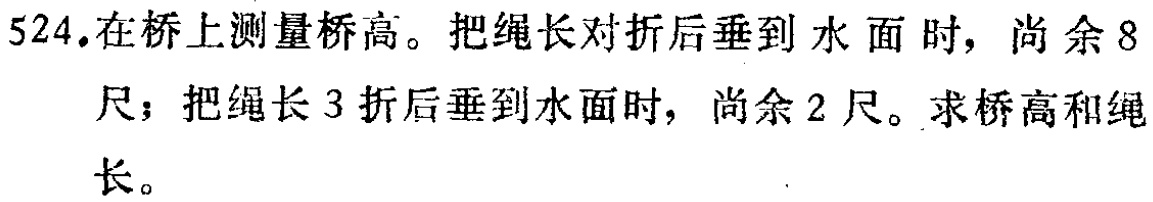
524.在桥上测量桥高。把绳长对折后垂到水面时，尚余8尺；把绳长3折后垂到水面时，尚余2尺。求桥高和绳长。